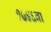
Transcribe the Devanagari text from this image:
१७४६वा